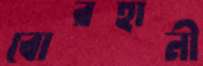
বোরহানী